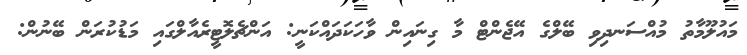
މައުލޫމާތު މުއްސަނދިވި ބޭލްގެ އޭޖެންޓް މާ ގިނައިން ވާހަކަދައްކަނީ: އަންޗެލޮޓީރެއާލްގައި މަޑުކުރަން ބޭނުން: